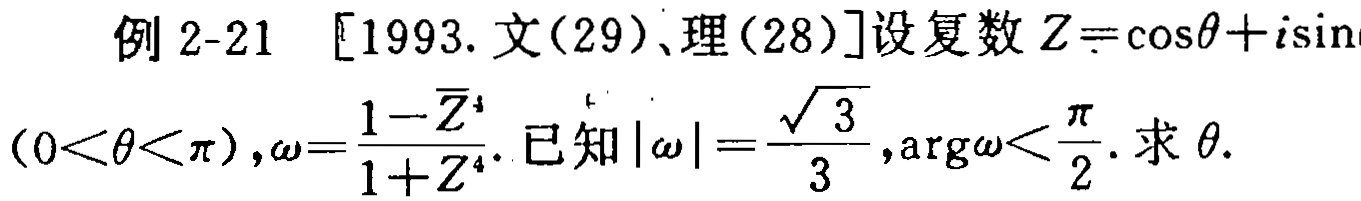
例 2-21 [1993. 文(29)、理(28)]设复数\(Z = \cos\theta + i\sin\theta\)
\((0<\theta<\pi),\omega=\frac{1 - \overline{Z}^4}{1 + Z^4}\). 已知\(|\omega| = \frac{\sqrt{3}}{3},\text{arg}\omega<\frac{\pi}{2}\). 求\(\theta\).